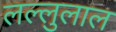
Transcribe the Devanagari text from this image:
लल्लुलाल